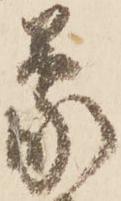
蒙